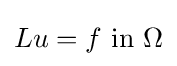
Lu=f{\text{ in }}\Omega